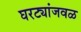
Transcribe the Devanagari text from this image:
घरट्यांजवळ